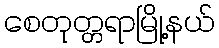
စေတုတ္တရာမြို့နယ်